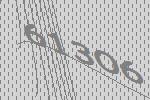
61306